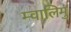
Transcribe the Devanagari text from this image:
म्वालिमु